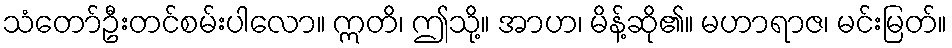
သံတော်ဦးတင်စမ်းပါလော။ ဣတိ၊ ဤသို့။ အာဟ၊ မိန့်ဆို၏။ မဟာရာဇ၊ မင်းမြတ်။